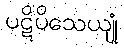
ပဋိပိသေယျုံ